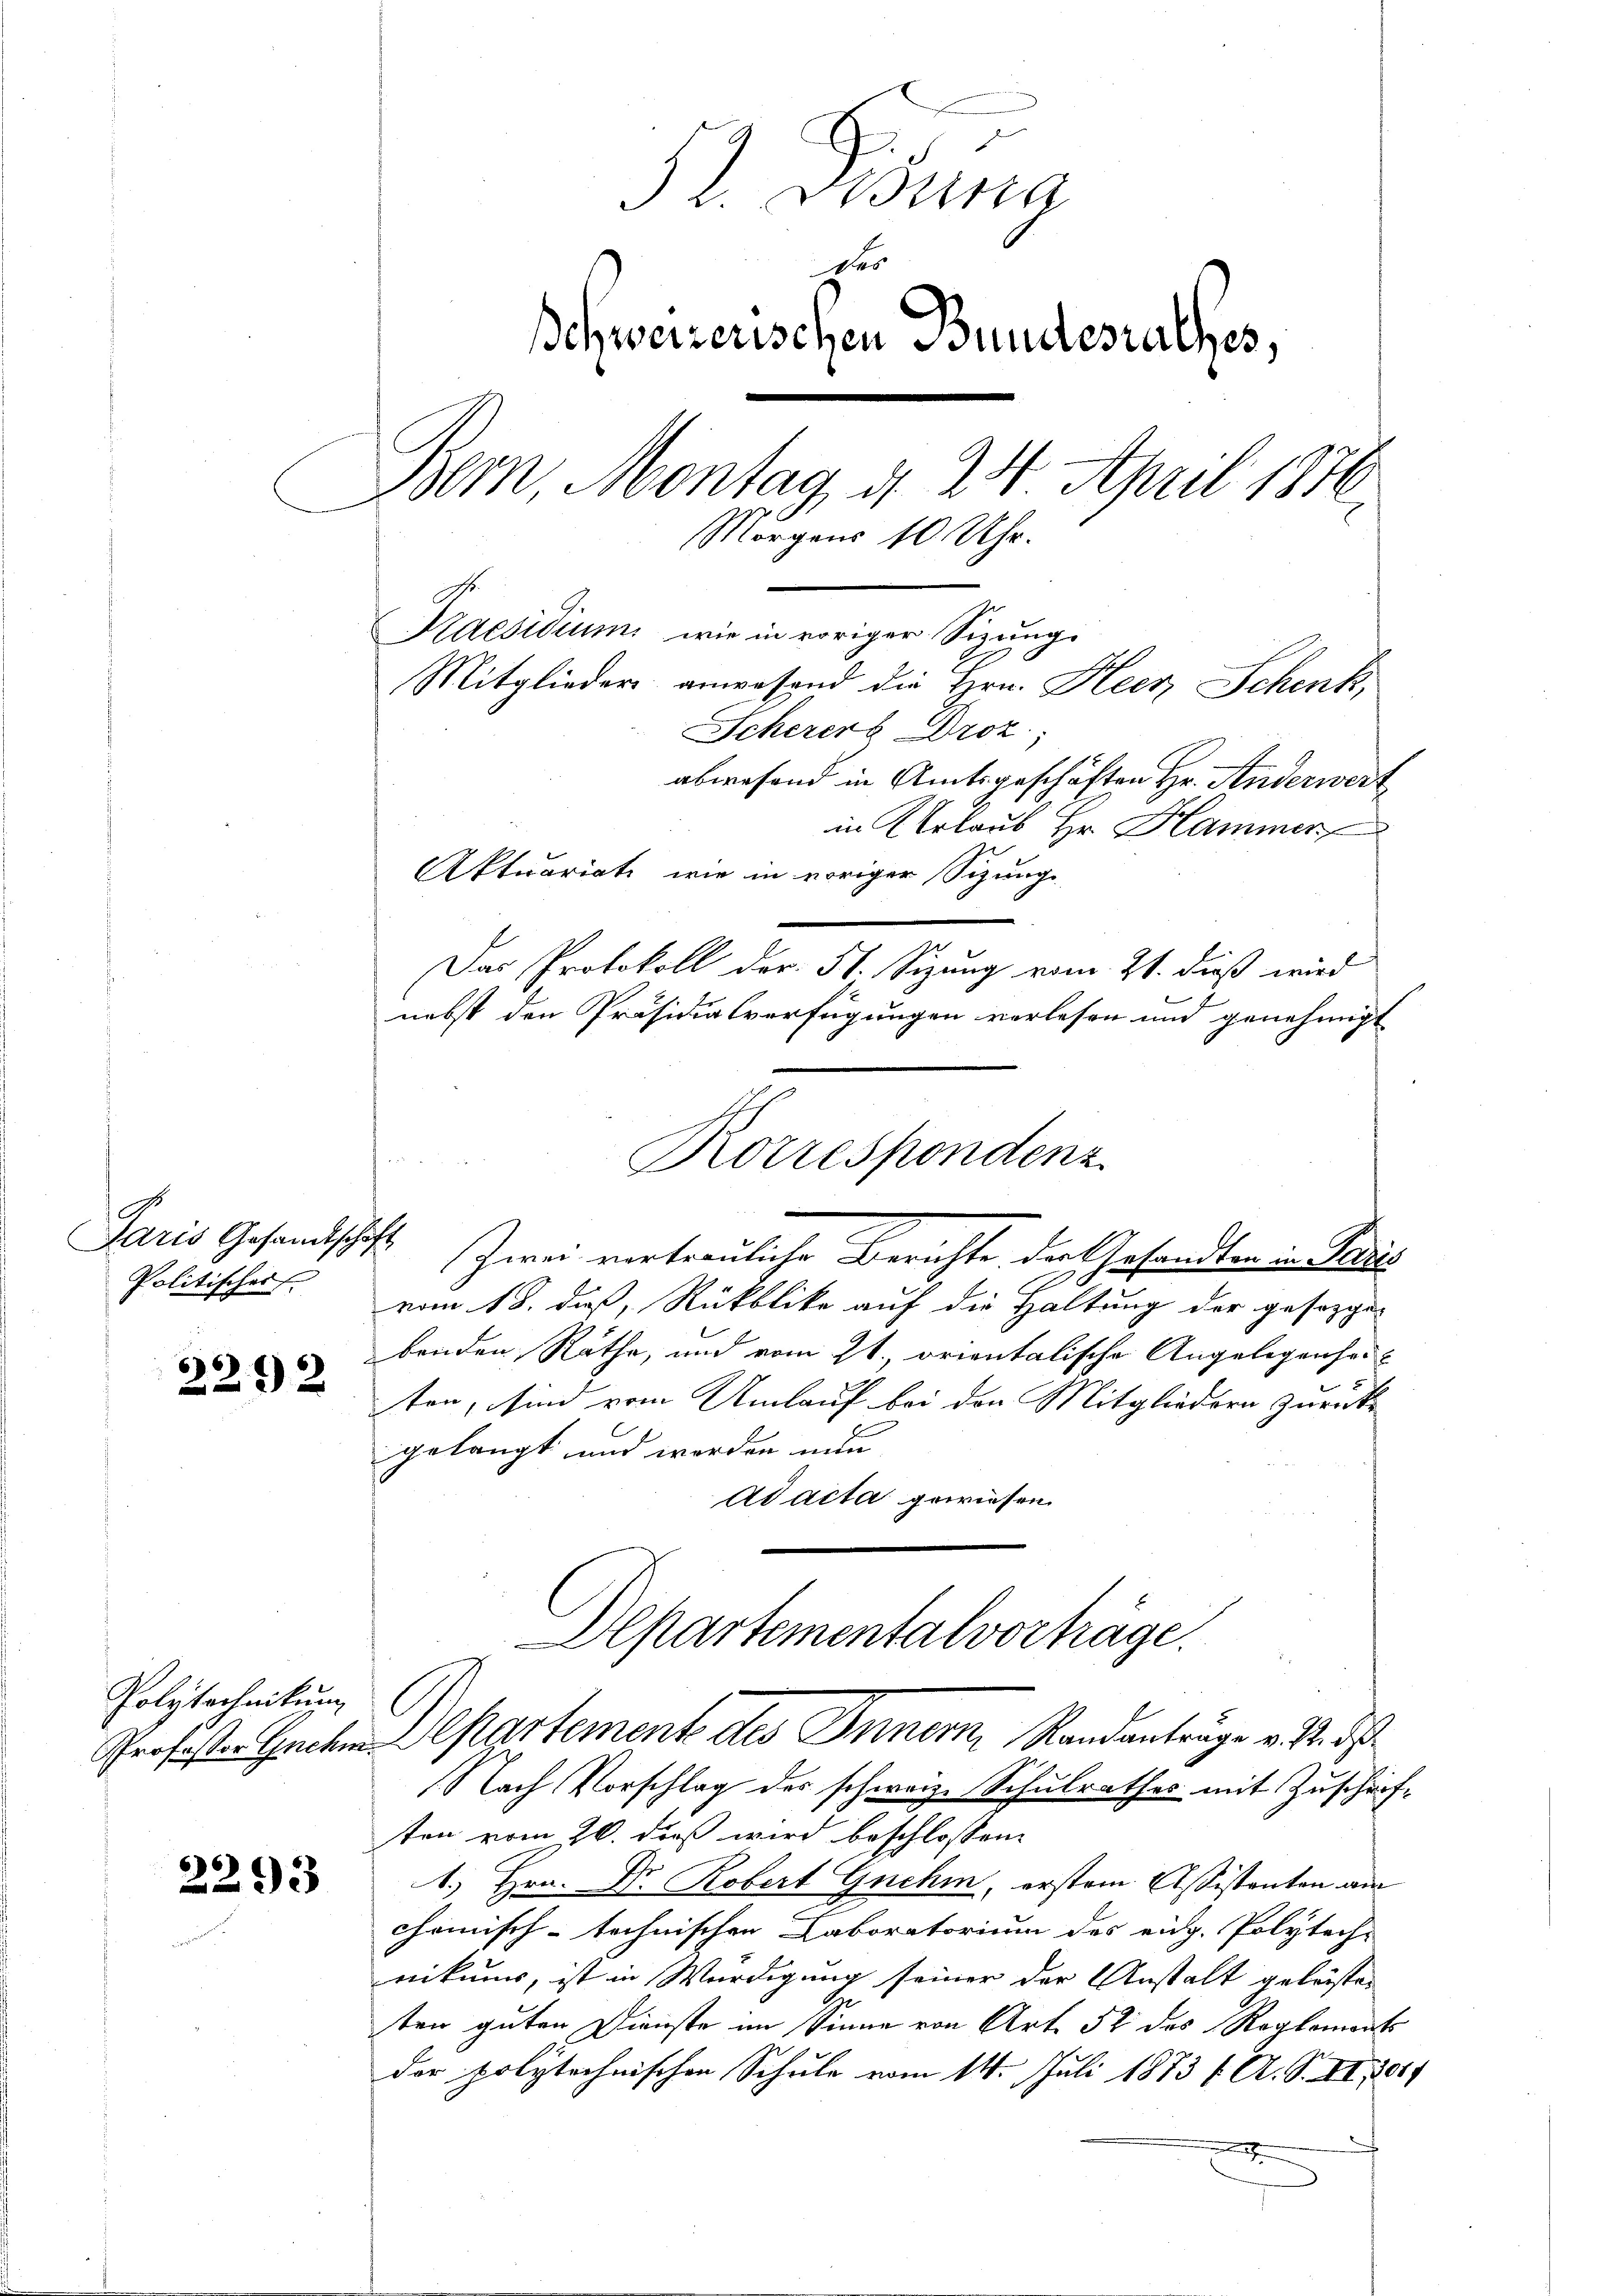
Politisches

2292

Polytechnikum

66
2233

32. Disena
des
schweizerischen Bundesrathes,
Bern, Montag, d. 24. April 1876
n
Morgens 10 Uhr.
Praesidium, wie in voriger Sizung
Mitglieder anwesend die Hrn. Heer Schenk,
Scherers Droz.
abwesend in Amtsgeschäften Hr. Anderwert

in Urlaub Hr. Hammer
Aktuariati, wie in voriger Sizung
Das Protokoll der 51. Sizung vom 21. dieß wird
nebst den Präsidialverfügungen verlesen und genehmigt
Paris Gesandtschaft Zwei vertrauliche Berichte, der Gesandten in Paris
vom 18. daß, Rückblike auf die Haltung der gesezge
benden Räthe, und vom 21. orientalische Angelegenhei-
.
ten, sind vom Umlauf bei den Mitgliedern zurücke
gelangt und werden nun
Ad acta gewiesen.
Departementalvorträge.
Professor Hacke partemente des Innern, Randanträge v. M. d
Nach Vorschlag des schweiz. Schulrathes mit Zuschriften vom 20. daß wird beschlossene
1. Hrn. Dr. Robert Gnehm, erstem Assistanten am
chemisch-technischen Laboratorium des eidg. Polytech-
nikums, ist in Würdigung seiner der Anstalt gelösten
.
ten guten Dienste im Sinne von Art. 52 des Reglements
der polytechnischen Schule vom 14. Juli 1873 f. A. S. II, 1801.

Rorrespondenz
e